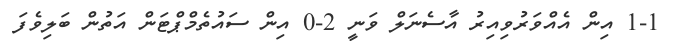
1-1 އިން އެއްވަރުވިއިރު އާސެނަލް ވަނީ 2-0 އިން ސައުތެމްޕްޓަން އަތުން ބަލިވެފަ